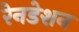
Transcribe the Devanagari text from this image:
रेनडेशन